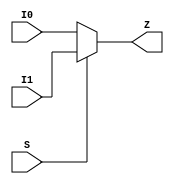
// Company           :   racyics
//
// Project Name      :   p_cc
// Subproject Name   :   s_fpga
// Description       :   <short description>
//
// Last Change       :   $Date: 2015-10-16 09:11:54 +0200 (Fri, 16 Oct 2015) $
// by                :   $Author: glueck $
//------------------------------------------------------------
module common_mux2 (
    	I0,
	I1,
	S,	
	Z
);

input I0;
input I1;
input S;	
output Z;

assign Z= S ? I1 : I0;

endmodule